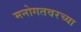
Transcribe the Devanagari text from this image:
मनोगतवरच्या